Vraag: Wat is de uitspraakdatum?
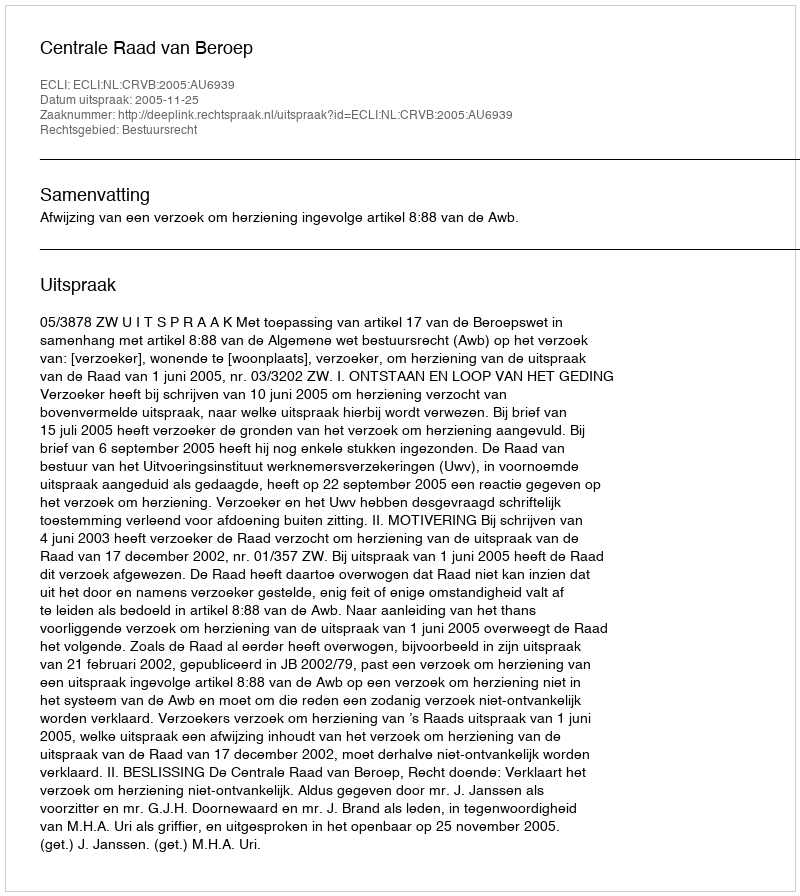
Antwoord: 2005-11-25